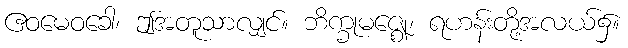
ဧဝမေဝခေါ၊ ဤအတူသာလျှင်။ ဘိက္ခုမဇ္ဈေ၊ ရဟန်းတို့အလယ်၌။